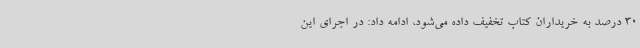
30 درصد به خریداران کتاب تخفیف داده می‌شود، ادامه داد: در اجرای این